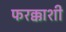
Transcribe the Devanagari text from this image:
फरक्काशी